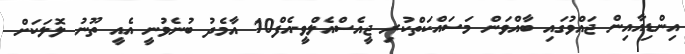
އިންޑިއާއިން ޖައްވުގައި ބާއްވަން މަސައްކަތްކުރި ޖީއެސްއެލްވީ-އެފް10 އާމެދު ބުނެވުނީ އެއީ ތޫނު ލޮލަކަށް